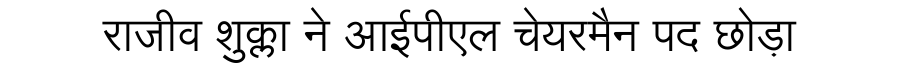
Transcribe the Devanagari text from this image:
राजीव शुक्ला ने आईपीएल चेयरमैन पद छोड़ा